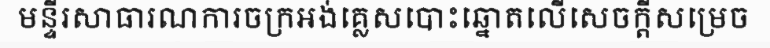
មន្ទីរសាធារណការចក្រអង់គ្លេសបោះឆ្នោតលើសេចក្តីសម្រេច